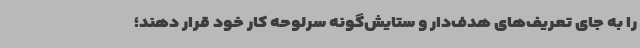
را به جای تعریف‌های هدف‌دار و ستایش‌گونه سرلوحه کار خود قرار دهند؛